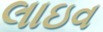
લાઇવ